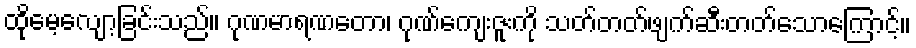
ထိုမေ့လျော့ခြင်းသည်။ ဂုဏမာရဏတော၊ ဂုဏ်ကျေးဇူးကို သတ်တတ်ဖျက်ဆီးတတ်သောကြောင့်။